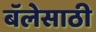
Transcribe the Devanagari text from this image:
बॅलेसाठी